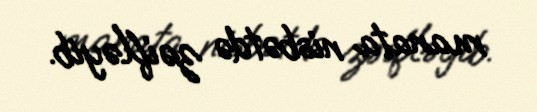
manata nisbətdə zəifləyib.